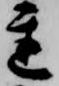
遅